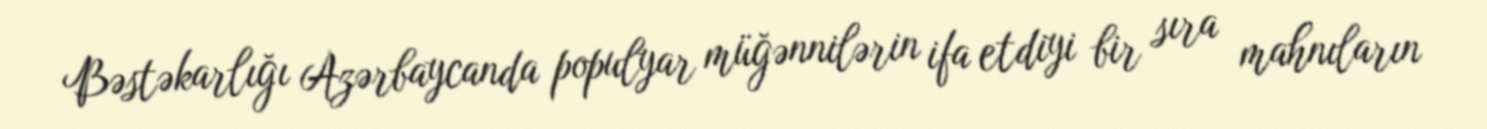
Bəstəkarlığı Azərbaycanda populyar müğənnilərin ifa etdiyi bir sıra mahnıların